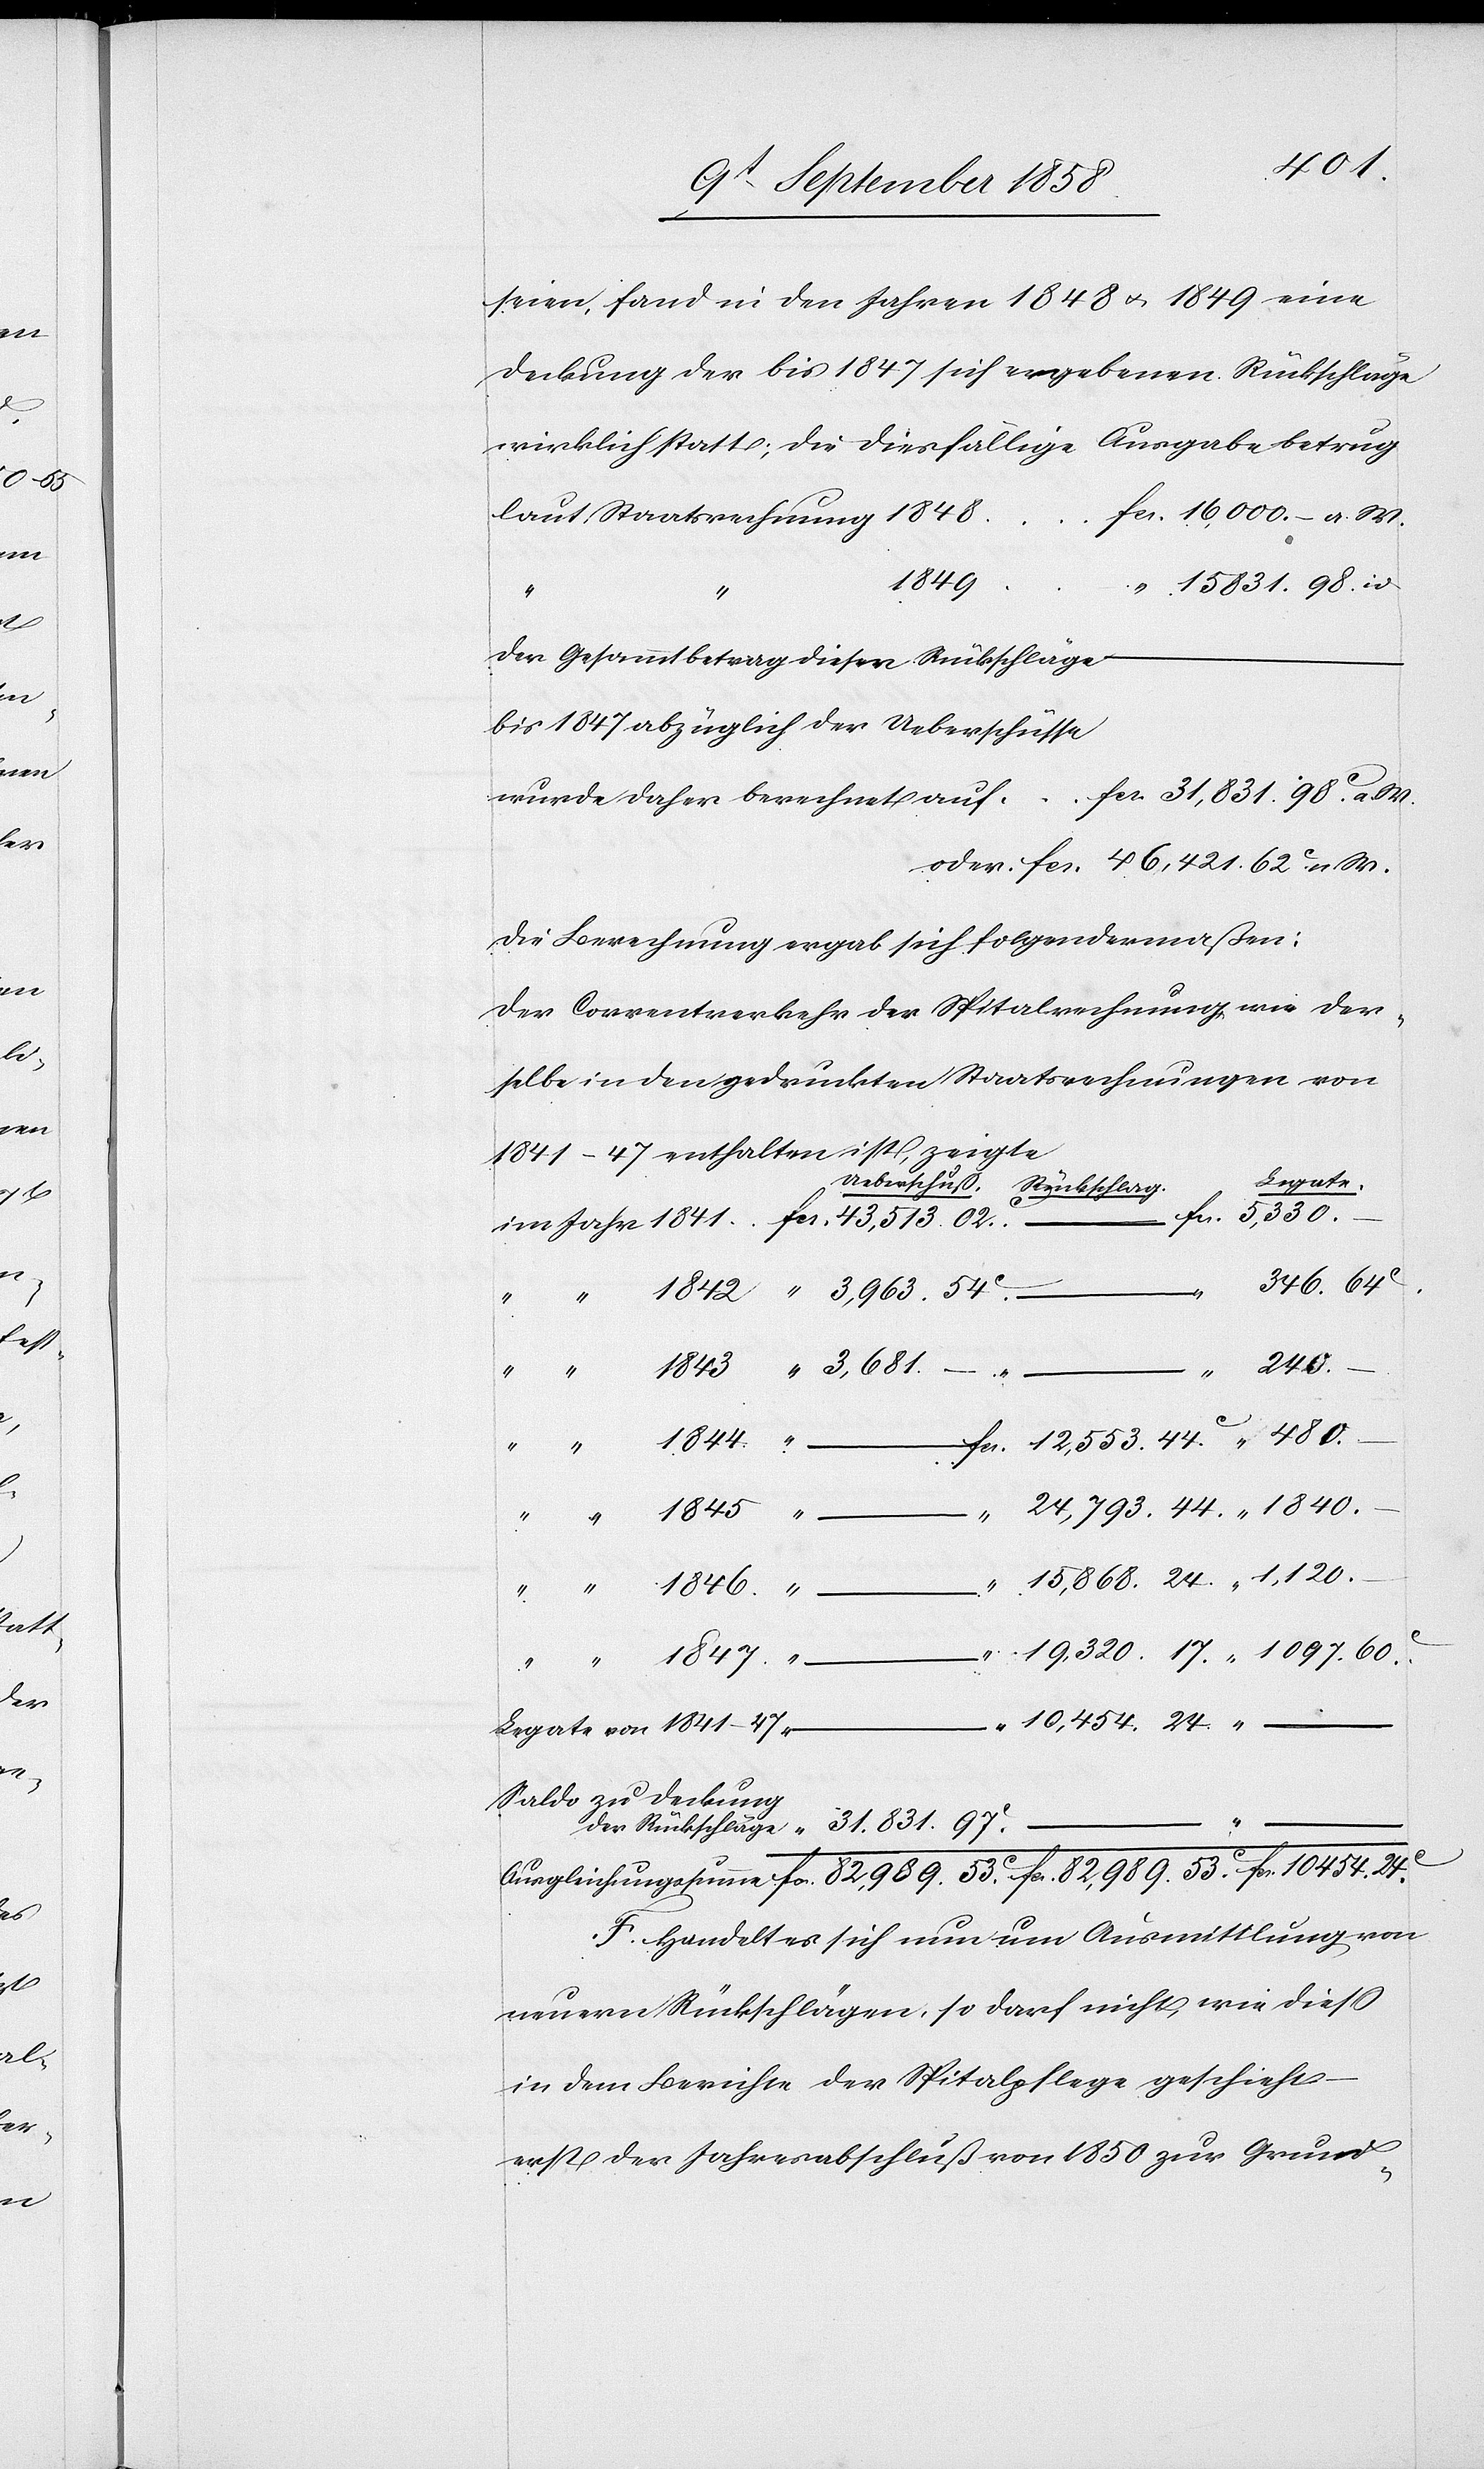
454.
seien, fand in den Jahren 1848 & 1849 eine
Deckung der bis 1847 sich ergebenen Rückschläge
wirklich statt; die diesfällige Ausgabe betrug
fcs. 16,000. – a. W.
laut Staatsrechnung 1848
1846.
“ 15 831. 98. id.
Der Gesammtbetrag dieser Rückschläge
bis 1847 abzüglich der Ueberschüsse
fcs. 31,831. 98c. a.
wurde daher berechnet auf
Die Berechnung ergab sich folgendermaßen:
Der Correntverkehr der Spitalrechnung wie der¬
selbe in den gedruckten Staatsrechnungen von
1841–47 enthalten ist, zeigte
Legate.
53c.
fcs. 82,989.
53c.
346. 64c.
24c.
fcs.
–
fcs. 12,553. 44c.
der
“ 10,454. 24.
Legate von 1841–47
Saldo zu Deckung
im
ngssumme
F. Handelt es sich nun um Ausmittlung von
neuern Rückschlägen, so darf nicht, wie diess
in dem Berichte der Spitalpflege geschieht
erst der Jahresabschluß von 1850 zur Grund-